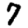
Digit: 7